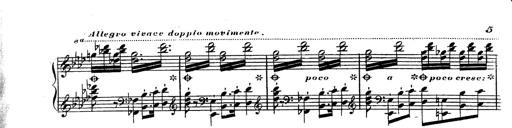
Title: Hexameron, Morceau de Concert
Composer: Franz Liszt